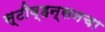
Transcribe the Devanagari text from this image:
स्टीव्हन्सनचा